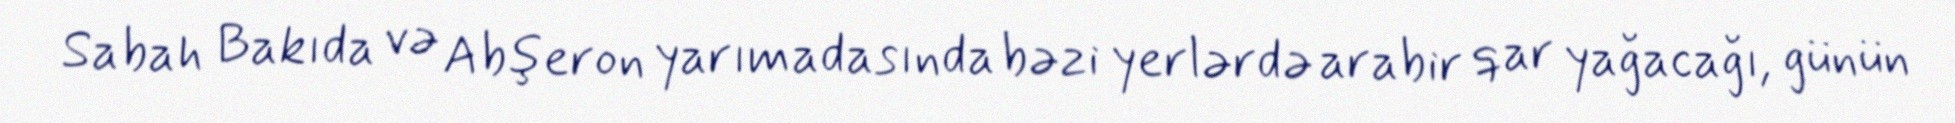
Sabah Bakıda və Abşeron yarımadasında bəzi yerlərdə arabir qar yağacağı, günün